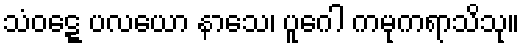
သံဝဋ္ဋေ ပလယော နာသေ၊ ပူဂေါ ကမုကရာသိသု။